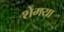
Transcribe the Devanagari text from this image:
शेमया